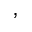
,